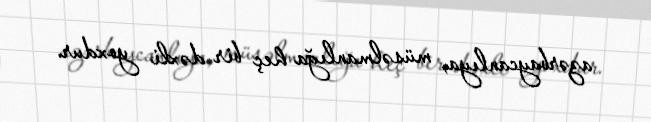
azərbaycanlıya, müsəlmanlığa heç bir dəxli yoxdur.